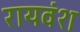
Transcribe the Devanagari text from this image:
रायवंश